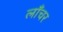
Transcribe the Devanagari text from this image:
लाँचर